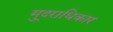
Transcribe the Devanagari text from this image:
मु्दराधिकार